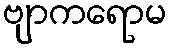
ဗျာကရောမ